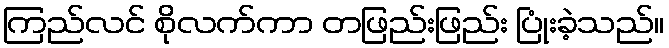
ကြည်လင် စိုလက်ကာ တဖြည်းဖြည်း ပြုံးခဲ့သည်။